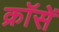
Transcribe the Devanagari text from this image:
क्रॉसें